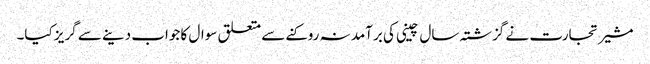
مشیر تجارت نے گزشتہ سال چینی کی برآمد نہ روکنے سے متعلق سوال کا جواب دینے سے گریز کیا۔